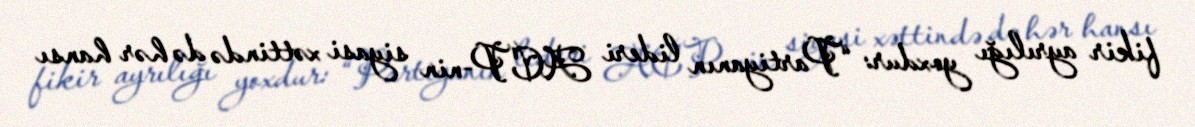
fikir ayrılığı yoxdur: “Partiyanın lideri ACP-nin siyasi xəttində də hər hansı